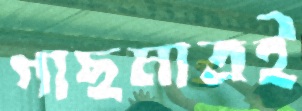
গাছমাত্রই